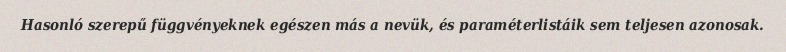
Hasonló szerepű függvényeknek egészen más a nevük, és paraméterlistáik sem teljesen azonosak.